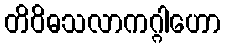
တိဝိဓသလာကဂ္ဂါဟော